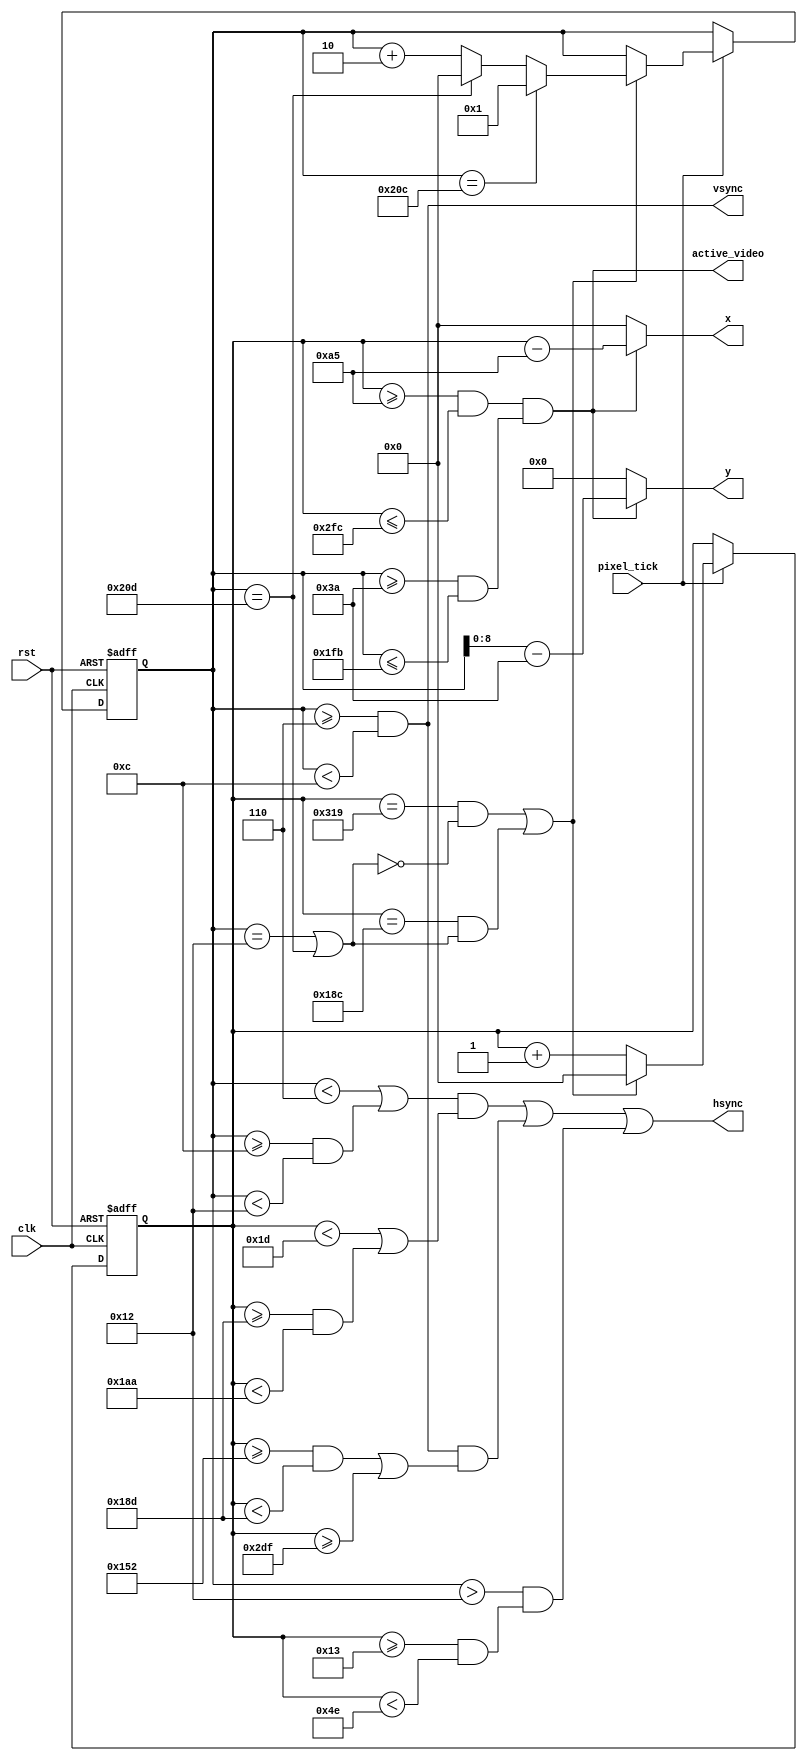
////////////////////////////////////////////////////////////////////////////////
//
//
// Module Name:     ntsc_sync
// Target Devices:  Mojo V3 (Spartan-6)
//
// Description:     NTSC Shield Sync and Pixel Generator
//
//                  The NTSC generator operates from a 12.5 MHz pixel clock tick
//
//                  The horizontal and vertical sync signals are output
//                  separately. Horizontal sync is gated to generate the
//                  appropriate pre/post-equalizing, vertical serration, and
//                  sync tip pulses. Vertical sync is asserted during the
//                  vertical serration pulses.
//
//                  Interlacing is accomplished by incrementing the line
//                  counter by two. This has the effect of producing an even
//                  field consisting of lines 0,2,4,...,524 and an odd field 
//                  consisting of lines 1,3,5,...525. The effective line count
//                  is 0-524 because lines 18 and 525 are half-lines.
//
//                  The pixel generator creates a 600x450 resolution which is
//                  slightly smaller than the safe action area. Total horizontal
//                  resolution is 794 and vertical resolution is 525. The active
//                  video region is between horizontal samples 165-764 (600
//                  total) and lines 58-507 (450 total).
//
// Inputs:          clk          - 50 MHz Mojo V3 clock input
//                  rst          - asynchronous reset
//                  pixel_tick   - 12.5 MHz pixel clock tick
//
// Outputs:         x            - horizontal pixel (0..599)
//                  y            - vertical pixel (0..449)
//                  active_video - active video signal
//                  hsync        - horizontal sync
//                  vsync        - vertical sync
//
////////////////////////////////////////////////////////////////////////////////

module ntsc_sync
    (
    input wire clk,
    input wire rst,

    input wire pixel_tick,
    
    output wire [9:0] x,
    output wire [8:0] y,
    
    output wire active_video,    
    
    output wire hsync,
    output wire vsync
    );
	
	
// CONSTANTS ///////////////////////////////////////////////////////////////////
   
    // horizontal sync sample counts (12.5 MHz)
    // 1/12.5 MHZ =0.08 us.
    // 19 x 0.08 us = 1.52 us
    localparam HS_FRONT_PORCH  = 10'd19,  // Front Porch - 1.52 us
               HS_SYNC_TIP     = 10'd59,  // Horiz. Sync Tip - 4.72 us, =59x 0.08 us
               HS_HALF_LINE    = 10'd397, // Half Line - 31.76 us = 397x0.08 us
               HS_FULL_LINE    = 10'd794, // Full Line - 63.52 us = 794x0.08 us
               HS_EQUAL_PULSE  = 10'd29,  // Pre/Post-Equalizing Pulse - 2.32 us
               HS_SERRATION    = 10'd59;  // Vertical Serration - 4.72 us
    
    // line counts
    localparam VS_SERRATION    = 10'd6,     // Pre-Equalizing Pulses - Lines 0-5
               VS_POST_EQUAL   = 10'd12,    // Vertical Sync Pulses - Lines 6-11
               VS_BLANK        = 10'd18;    // Post-Equal. Pulses - Lines 12-17
    
    // active video region
    localparam HS_ACTIVE_LEFT  = 10'd165,   // Active video left (x = 0)
               HS_ACTIVE_RIGHT = 10'd764,   // Active video right (x = 599)
               VS_ACTIVE_TOP   = 10'd58,    // Active video top (y = 0)
               VS_ACTIVE_BTM   = 10'd507;   // Active video bottom (y = 449)
    
    // half lines
    localparam HALF_LINE_EVEN  = 10'd18,   // Even field - Line 18
               HALF_LINE_ODD   = 10'd525;  // Odd field  - Line 525
    
    // field ends
    localparam FIELD_END_EVEN  = 10'd524,  // Even field - Line 524
               FIELD_END_ODD   = 10'd525;  // Odd field - Line 525
    
    
// SIGNAL DECLARATION //////////////////////////////////////////////////////////
    
    // horizonal sample and line counters
    reg [9:0] h_count_ff, h_count_ns;      // 0-793
    reg [9:0] line_ff, line_ns;            // 0-525 (half-lines make it 0-524)
    
    // half-line and end-of-line signals
    wire half_line, end_of_line;

    // hsync/vsync signals
    wire hsync_equalizing_en, hsync_equalizing;
    wire hsync_serration_en, hsync_serration;
    wire hsync_tip_en, hsync_tip;
    
    
// HORIZONTAL SAMPLE AND LINE COUNTERS /////////////////////////////////////////

    // body
    // registers
    always @(posedge clk, posedge rst)
        if(rst)
            begin
                h_count_ff <= 10'd0;
                line_ff <= 10'd1;		// reset to line 1, odd field
            end
        else
            begin
                h_count_ff <= h_count_ns;
                line_ff <= line_ns;
            end
    
    // half-line (lines 18 and 525) and end-of-line signals
    assign half_line = (line_ff == HALF_LINE_EVEN) ||
                       (line_ff == HALF_LINE_ODD);
    assign end_of_line = ((h_count_ff == HS_FULL_LINE - 10'd1) && !half_line) ||
                         ((h_count_ff == HS_HALF_LINE - 10'd1) && half_line);
        
    // horizontal sample and line counters next-state logic
    always @*
        begin
            h_count_ns = h_count_ff;
            line_ns = line_ff;
            
            if(pixel_tick)
                if(end_of_line)
                    begin
                        h_count_ns = 10'd0;
                        
                        if(line_ff == FIELD_END_EVEN)
                            line_ns = 10'd1; // finished even field, go to odd
                        else if(line_ff == FIELD_END_ODD)
                            line_ns = 10'd0; // finished odd field, go to even
                        else
                            line_ns = line_ff + 10'd2; // skip every other line
                    end
                else
                    h_count_ns = h_count_ff + 10'd1;
        end
    
    
// HORIZONTAL SYNC SIGNALS /////////////////////////////////////////////////////

    // vertical sync equalizing pulses for lines 0-5 and 12-17
    assign hsync_equalizing_en = (line_ff < VS_SERRATION) ||
                                 ((line_ff >= VS_POST_EQUAL) &&
                                  (line_ff < VS_BLANK));
    assign hsync_equalizing = (h_count_ff < HS_EQUAL_PULSE) ||
                              ((h_count_ff >= HS_HALF_LINE) &&
                               (h_count_ff < (HS_HALF_LINE + HS_EQUAL_PULSE)));
    
    // vertical sync serration pulses for lines 6-11
    assign hsync_serration_en = (line_ff >= VS_SERRATION) &&
                                (line_ff < VS_POST_EQUAL);
    assign hsync_serration = ((h_count_ff >= (HS_HALF_LINE - HS_SERRATION)) &&
                              (h_count_ff < HS_HALF_LINE)) ||
                             (h_count_ff >= HS_FULL_LINE - HS_SERRATION);
    
    // horizontal sync tip for lines 19-525 (18 is a half-line with no sync)
    assign hsync_tip_en = line_ff > VS_BLANK;
    assign hsync_tip = (h_count_ff >= HS_FRONT_PORCH) &&
                       (h_count_ff < (HS_FRONT_PORCH + HS_SYNC_TIP));
	
	
// OUTPUT LOGIC ////////////////////////////////////////////////////////////////

    // output logic
    assign x = (active_video) ? (h_count_ff - HS_ACTIVE_LEFT) : 10'd0;
    assign y = (active_video) ? (line_ff - VS_ACTIVE_TOP) : 9'd0;
    
    assign active_video = ((h_count_ff >= HS_ACTIVE_LEFT) &&
                           (h_count_ff <= HS_ACTIVE_RIGHT)) &&
                          ((line_ff >= VS_ACTIVE_TOP) &&
                           (line_ff <= VS_ACTIVE_BTM));
    
    assign hsync = (hsync_equalizing_en & hsync_equalizing) |
                   (hsync_serration_en & hsync_serration) |
                   (hsync_tip_en & hsync_tip);
    assign vsync = (line_ff >= VS_SERRATION) && (line_ff < VS_POST_EQUAL);
    
endmodule